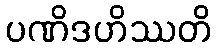
ပဏိဒဟိဿတိ